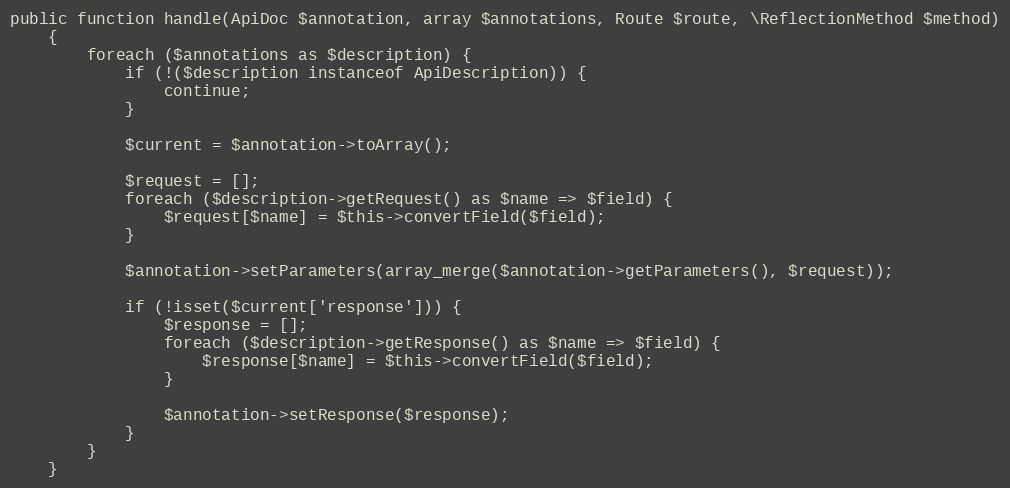
Language: PHP
public function handle(ApiDoc $annotation, array $annotations, Route $route, \ReflectionMethod $method)
    {
        foreach ($annotations as $description) {
            if (!($description instanceof ApiDescription)) {
                continue;
            }

            $current = $annotation->toArray();

            $request = [];
            foreach ($description->getRequest() as $name => $field) {
                $request[$name] = $this->convertField($field);
            }

            $annotation->setParameters(array_merge($annotation->getParameters(), $request));

            if (!isset($current['response'])) {
                $response = [];
                foreach ($description->getResponse() as $name => $field) {
                    $response[$name] = $this->convertField($field);
                }

                $annotation->setResponse($response);
            }
        }
    }